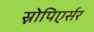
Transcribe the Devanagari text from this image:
स्नोपिएर्सर